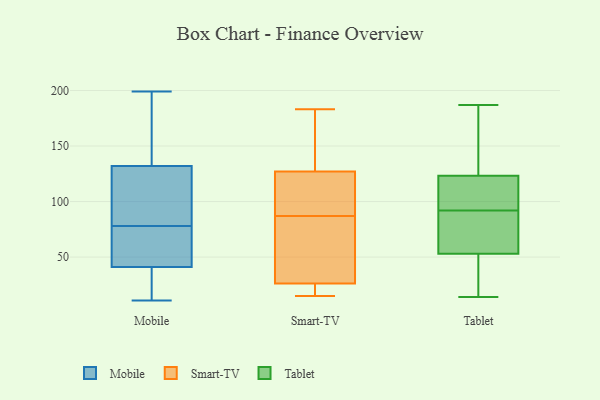
{"axis": {"x": "Temperature (°C)", "y": "Value"}, "legend": ["Mobile", "Smart-TV", "Tablet"], "data": [{"x": "", "y": 11, "type": "Mobile"}, {"x": "", "y": 40, "type": "Mobile"}, {"x": "", "y": 190, "type": "Mobile"}, {"x": "", "y": 97, "type": "Mobile"}, {"x": "", "y": 132, "type": "Mobile"}, {"x": "", "y": 136, "type": "Mobile"}, {"x": "", "y": 12, "type": "Mobile"}, {"x": "", "y": 66, "type": "Mobile"}, {"x": "", "y": 43, "type": "Mobile"}, {"x": "", "y": 185, "type": "Mobile"}, {"x": "", "y": 22, "type": "Mobile"}, {"x": "", "y": 107, "type": "Mobile"}, {"x": "", "y": 107, "type": "Mobile"}, {"x": "", "y": 68, "type": "Mobile"}, {"x": "", "y": 88, "type": "Mobile"}, {"x": "", "y": 199, "type": "Mobile"}, {"x": "", "y": 41, "type": "Mobile"}, {"x": "", "y": 41, "type": "Mobile"}, {"x": "", "y": 15, "type": "Smart-TV"}, {"x": "", "y": 115, "type": "Smart-TV"}, {"x": "", "y": 183, "type": "Smart-TV"}, {"x": "", "y": 127, "type": "Smart-TV"}, {"x": "", "y": 24, "type": "Smart-TV"}, {"x": "", "y": 69, "type": "Smart-TV"}, {"x": "", "y": 127, "type": "Smart-TV"}, {"x": "", "y": 169, "type": "Smart-TV"}, {"x": "", "y": 87, "type": "Smart-TV"}, {"x": "", "y": 26, "type": "Smart-TV"}, {"x": "", "y": 27, "type": "Smart-TV"}, {"x": "", "y": 25, "type": "Tablet"}, {"x": "", "y": 95, "type": "Tablet"}, {"x": "", "y": 62, "type": "Tablet"}, {"x": "", "y": 73, "type": "Tablet"}, {"x": "", "y": 129, "type": "Tablet"}, {"x": "", "y": 46, "type": "Tablet"}, {"x": "", "y": 78, "type": "Tablet"}, {"x": "", "y": 14, "type": "Tablet"}, {"x": "", "y": 92, "type": "Tablet"}, {"x": "", "y": 126, "type": "Tablet"}, {"x": "", "y": 50, "type": "Tablet"}, {"x": "", "y": 146, "type": "Tablet"}, {"x": "", "y": 111, "type": "Tablet"}, {"x": "", "y": 115, "type": "Tablet"}, {"x": "", "y": 187, "type": "Tablet"}]}